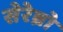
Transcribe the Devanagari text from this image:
सेरेब्रो